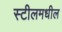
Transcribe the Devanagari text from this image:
स्टीलमधील